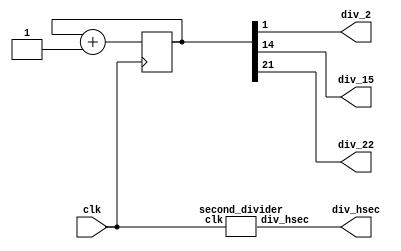
module Clock_divider #(parameter n = 27)(
    input wire clk,
    output wire div_2,
    output wire div_15, 
    output wire div_22,
    output wire div_hsec
);
    reg [n-1:0] num;
    wire [n-1:0] next_num;

    always @(posedge clk) num <= next_num;
    assign next_num = num + 1;

    assign div_2 = num[1];
    assign div_15 = num[14];
    assign div_22 = num[21];

    second_divider sd(.clk(clk), .div_hsec(div_hsec));
endmodule

module second_divider (
    input wire clk,
    output reg div_hsec
);
    reg [25:0] counter;
    always @(posedge clk) begin
        if(counter < 25000000) begin
            counter <= counter + 1'b1;
            div_hsec <= div_hsec;
        end
        else begin
            counter <= 1'b0;
            div_hsec <= !div_hsec;
        end
    end
endmodule